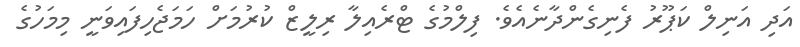
އަދި އަނިލް ކަޕޫރު ފެނިގެންދާނެއެވެ. ފިލްމުގެ ޓްރެއިލާ ރިލީޒް ކުރުމަށް ހަމަޖެހިފައިވަނީ މިމަހުގެ